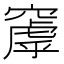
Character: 𬔑